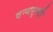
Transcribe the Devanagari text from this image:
वन्यसृष्टी